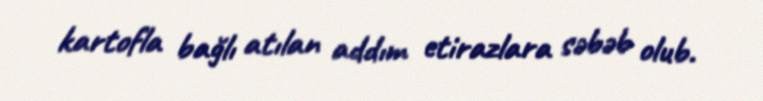
kartofla bağlı atılan addım etirazlara səbəb olub.